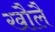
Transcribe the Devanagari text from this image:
खौलै